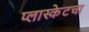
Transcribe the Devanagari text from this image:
प्लास्केटचा